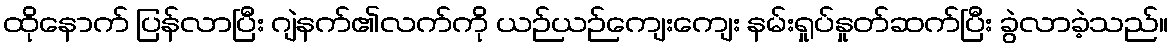
ထိုနောက် ပြန်လာပြီး ဂျဲနက်၏လက်ကို ယဉ်ယဉ်ကျေးကျေး နမ်းရှုပ်နှုတ်ဆက်ပြီး ခွဲလာခဲ့သည်။